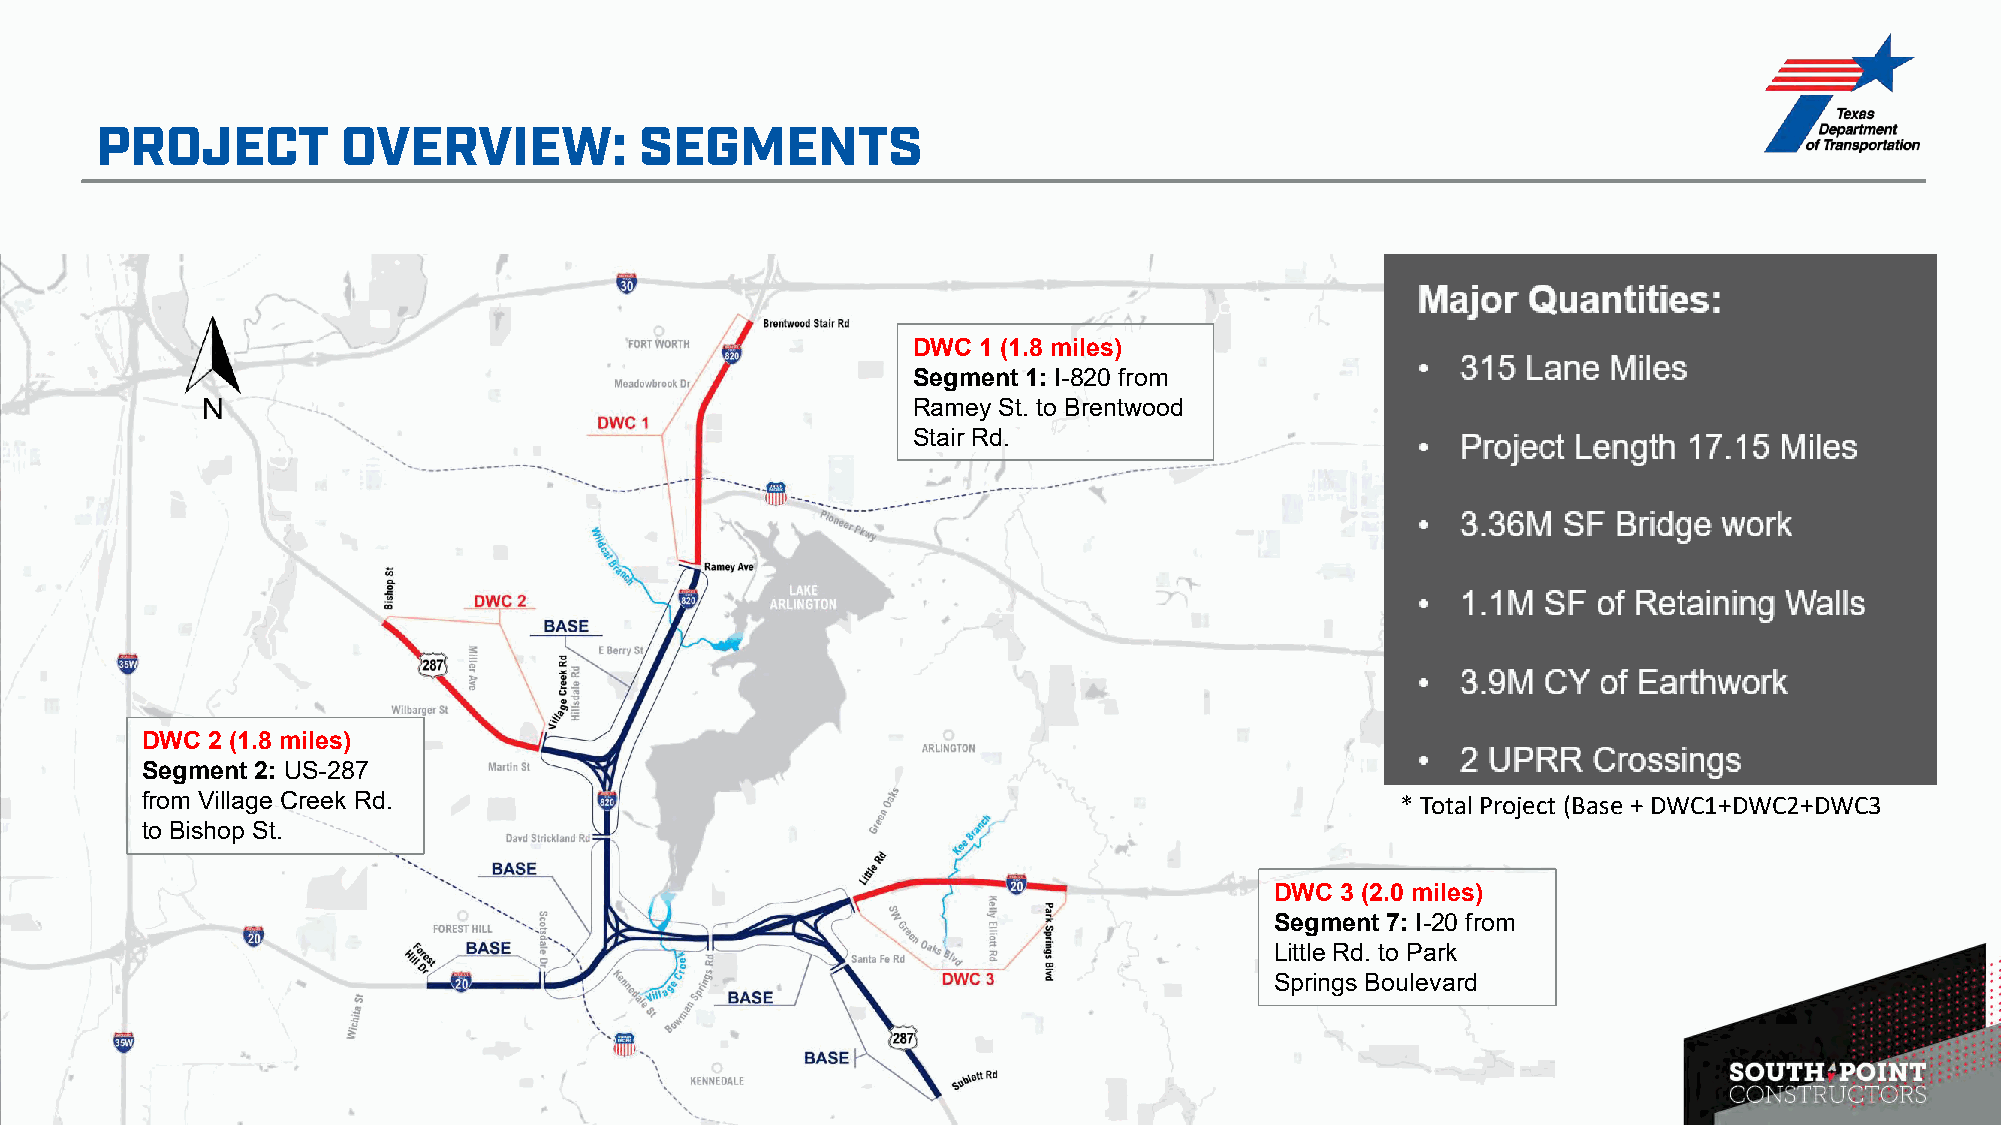
DWC  1 (1.8 miles)
 Segment 1: I-820 from
 Ramey St. to Brentwood
 Stair Rd.
 DWC  2 (1.8 miles)
 Segment 2: US-287
 from Village Creek Rd.                                                              * Total Project (Base + DWC1+DWC2+DWC3
 to Bishop St.
 DWC  3 (2.0 miles)
 Segment 7: I-20 from
 Little Rd. to Park
 Springs Boulevard
 12